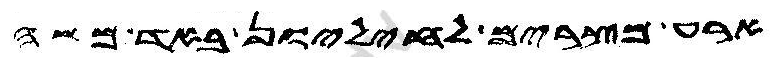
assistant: ארע מצרים לחיליון באד משה